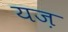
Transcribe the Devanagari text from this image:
यज़